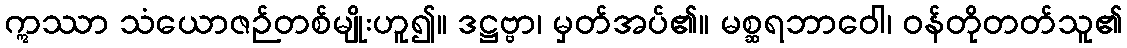
ဣဿာ သံယောဇဉ်တစ်မျိုးဟူ၍။ ဒဋ္ဌဗ္ဗာ၊ မှတ်အပ်၏။ မစ္ဆရဘာဝေါ၊ ဝန်တိုတတ်သူ၏